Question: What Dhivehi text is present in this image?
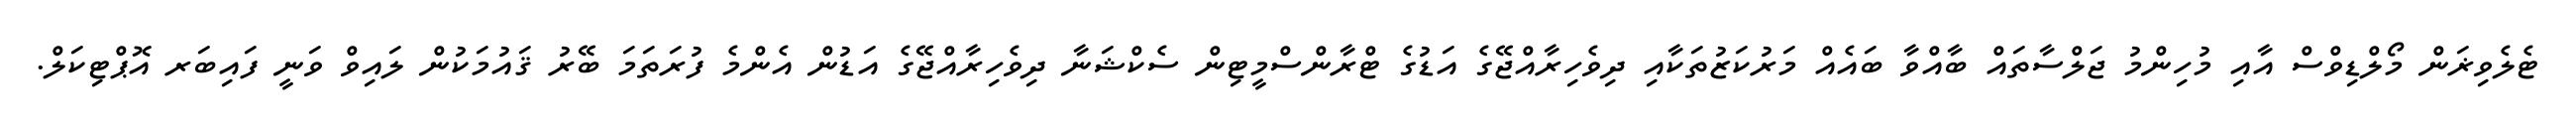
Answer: ޓެލެވިޜަން މޯލްޑިވްސް އާއި މުހިންމު ޖަލްސާތައް ބާއްވާ ބައެއް މަރުކަޒުތަކާއި ދިވެހިރާއްޖޭގެ އަޑުގެ ޓްރާންސްމީޓިން ސެކްޝަނާ ދިވެހިރާއްޖޭގެ އަޑުން އެންމެ ފުރަތަމަ ބޭރު ޤައުމަކުން ލައިވް ވަނީ ފައިބަރ އޮޕްޓިކަލް.